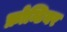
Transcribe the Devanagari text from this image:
फ्रोन्टियर